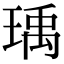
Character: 瑀